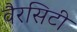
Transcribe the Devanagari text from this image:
वैरसिटी